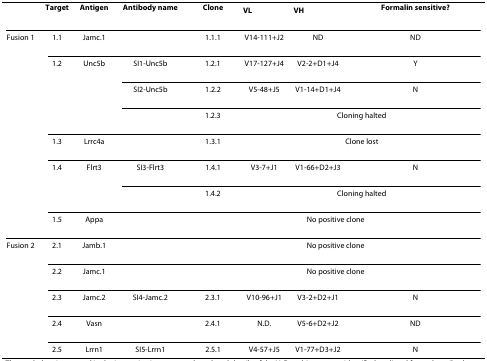
<table><thead><tr><td></td><td><b>Target</b></td><td><b>Antigen</b></td><td><b>Antibody name</b></td><td><b>Clone</b></td><td><b>V<sub>L</sub></b></td><td><b>V<sub>H</sub></b></td><td><b>Formalin sensitive?</b></td></tr></thead><tbody><tr><td>Fusion 1</td><td>1.1</td><td>Jamc.1</td><td></td><td>1.1.1</td><td>V14-111+J2</td><td>ND</td><td>ND</td></tr><tr><td></td><td>1.2</td><td>Unc5b</td><td>SI1-Unc5b</td><td>1.2.1</td><td>V17-127+J4</td><td>V2-2+D1+J4</td><td>Y</td></tr><tr><td></td><td></td><td></td><td>SI2-Unc5b</td><td>1.2.2</td><td>V5-48+J5</td><td>V1-14+D1+J4</td><td>N</td></tr><tr><td></td><td></td><td></td><td></td><td>1.2.3</td><td colspan="3">Cloning halted</td></tr><tr><td></td><td>1.3</td><td>Lrrc4a</td><td></td><td>1.3.1</td><td colspan="3">Clone lost</td></tr><tr><td></td><td>1.4</td><td>Flrt3</td><td>SI3-Flrt3</td><td>1.4.1</td><td>V3-7+J1</td><td>V1-66+D2+J3</td><td>N</td></tr><tr><td></td><td></td><td></td><td></td><td>1.4.2</td><td colspan="3">Cloning halted</td></tr><tr><td></td><td>1.5</td><td>Appa</td><td></td><td colspan="4">No positive clone</td></tr><tr><td>Fusion 2</td><td>2.1</td><td>Jamb.1</td><td></td><td colspan="4">No positive clone</td></tr><tr><td></td><td>2.2</td><td>Jamc.1</td><td></td><td colspan="4">No positive clone</td></tr><tr><td></td><td>2.3</td><td>Jamc.2</td><td>SI4-Jamc.2</td><td>2.3.1</td><td>V10-96+J1</td><td>V3-2+D2+J1</td><td>N</td></tr><tr><td></td><td>2.4</td><td>Vasn</td><td></td><td>2.4.1</td><td>N.D.</td><td>V5-6+D2+J2</td><td>ND</td></tr><tr><td></td><td>2.5</td><td>Lrrn1</td><td>SI5-Lrrn1</td><td>2.5.1</td><td>V4-57+J5</td><td>V1-77+D3+J2</td><td>N</td></tr></tbody></table>